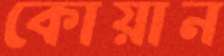
কোয়ান